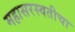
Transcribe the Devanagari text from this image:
महासरस्वतीचा